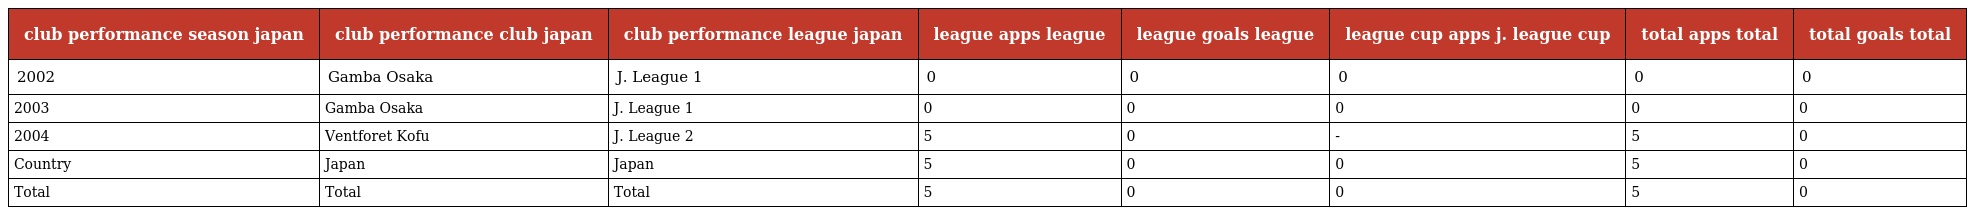
| club performance season japan | club performance club japan | club performance league japan | league apps league | league goals league | league cup apps j. league cup | total apps total | total goals total |
 | --- | --- | --- | --- | --- | --- | --- | --- |
 | 2002 | Gamba Osaka | J. League 1 | 0 | 0 | 0 | 0 | 0 |
 | 2003 | Gamba Osaka | J. League 1 | 0 | 0 | 0 | 0 | 0 |
 | 2004 | Ventforet Kofu | J. League 2 | 5 | 0 | - | 5 | 0 |
 | Country | Japan | Japan | 5 | 0 | 0 | 5 | 0 |
 | Total | Total | Total | 5 | 0 | 0 | 5 | 0 |